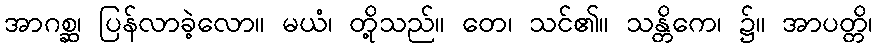
အာဂစ္ဆ၊ ပြန်လာခဲ့လော။ မယံ၊ တို့သည်။ တေ၊ သင်၏။ သန္တိကေ၊ ၌။ အာပတ္တိ၊